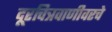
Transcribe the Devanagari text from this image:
दूरचित्रवाणीवरचे